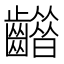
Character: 𪙮